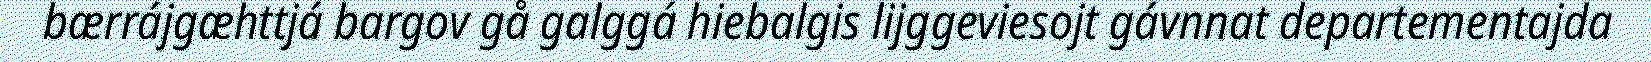
bærrájgæhttjá bargov gå galggá hiebalgis lijggeviesojt gávnnat departementajda